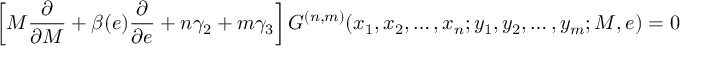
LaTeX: \left[ M { \frac { \partial } { \partial M } } + \beta ( e ) { \frac { \partial } { \partial e } } + n \gamma _ { 2 } + m \gamma _ { 3 } \right] G ^ { ( n , m ) } ( x _ { 1 } , x _ { 2 } , \ldots , x _ { n } ; y _ { 1 } , y _ { 2 } , \ldots , y _ { m } ; M , e ) = 0